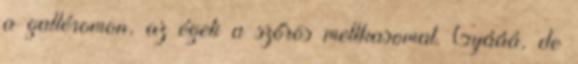
a galléromon, az égeti a szőrös mellkasomat. Gyááá, de